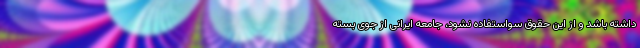
داشته باشد و از این حقوق سواستفاده نشود، جامعه ایرانی از جوی بسته